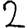
Digit: 2